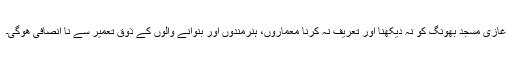
غازی مسجد بھونگ کو نہ دیکھنا اور تعریف نہ کرنا معماروں، ہنرمندوں اور بنوانے والوں کے ذوق تعمیر سے نا انصافی ھوگی۔